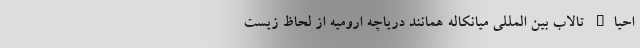
احیاء تالاب بین المللی میانکاله همانند دریاچه ارومیه از لحاظ زیست